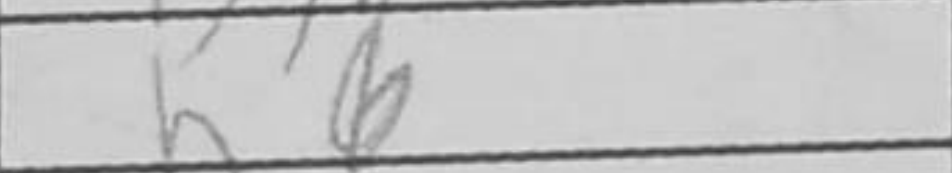
Transcription: h6